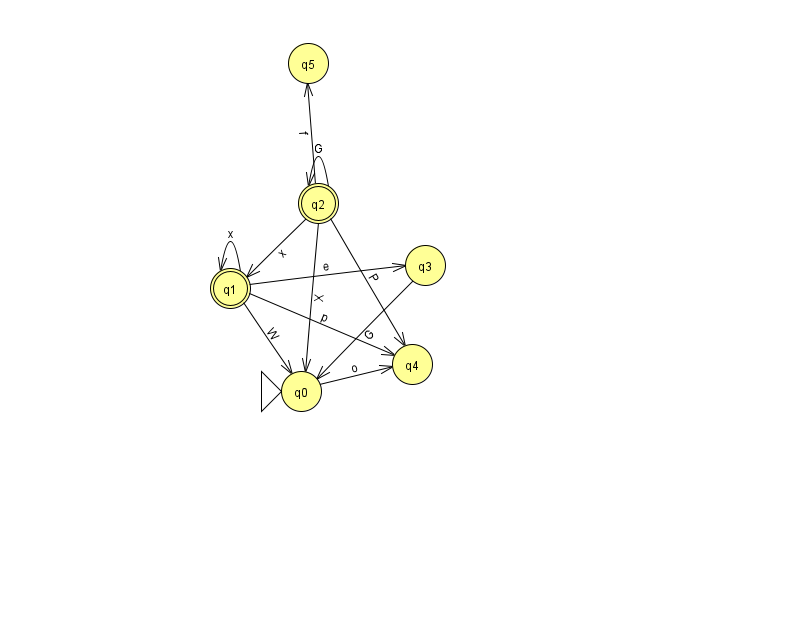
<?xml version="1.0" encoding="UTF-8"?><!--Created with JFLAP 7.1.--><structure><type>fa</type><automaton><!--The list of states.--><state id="0" name="q0"><x>301.0</x><y>378.0</y><initial/></state><state id="1" name="q1"><x>230.0</x><y>275.0</y><final/></state><state id="2" name="q2"><x>318.0</x><y>190.0</y><final/></state><state id="3" name="q3"><x>425.0</x><y>252.0</y></state><state id="4" name="q4"><x>412.0</x><y>351.0</y></state><state id="5" name="q5"><x>308.0</x><y>50.0</y></state><!--The list of transitions.--><transition><from>2</from><to>1</to><read>x</read></transition><transition><from>2</from><to>0</to><read>X</read></transition><transition><from>2</from><to>4</to><read>P</read></transition><transition><from>1</from><to>0</to><read>W</read></transition><transition><from>0</from><to>4</to><read>o</read></transition><transition><from>2</from><to>2</to><read>G</read></transition><transition><from>1</from><to>1</to><read>x</read></transition><transition><from>1</from><to>4</to><read>p</read></transition><transition><from>2</from><to>5</to><read>f</read></transition><transition><from>3</from><to>0</to><read>G</read></transition><transition><from>1</from><to>3</to><read>e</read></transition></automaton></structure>